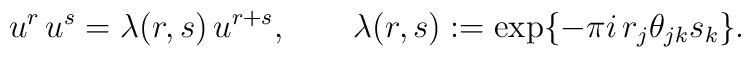
u^r\,u^s = \lambda(r,s)\, u^{r+s},  \qquad  \lambda(r,s) := \exp\{-\pi i\, r_j \theta_{jk} s_k\}.